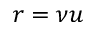
r = \nu u